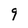
Character: 9